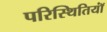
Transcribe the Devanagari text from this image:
परिस्थितियॉं